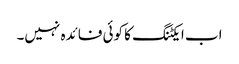
اب ایکٹنگ کا کوئی فائدہ نہیں۔